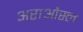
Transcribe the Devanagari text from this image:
अराऔस्ल